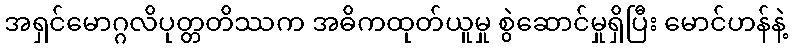
အရှင်မောဂ္ဂလိပုတ္တတိဿက အဓိကထုတ်ယူမှု စွဲဆောင်မှုရှိပြီး မောင်ဟန်နဲ့